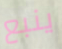
ينبع